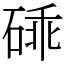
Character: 䂷